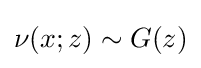
\nu (x;z)\sim G(z)